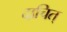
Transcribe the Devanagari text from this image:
दाचित्